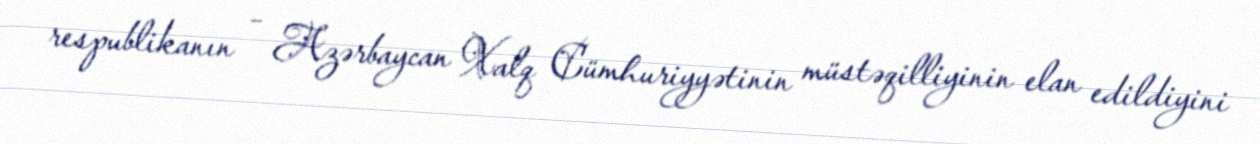
respublikanın – Azərbaycan Xalq Cümhuriyyətinin müstəqilliyinin elan edildiyini